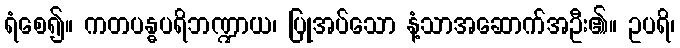
ရံစေ၍။ ကတပန္ဓပရိဘဏ္ဍာယ၊ ပြုအပ်သော နံ့သာအဆောက်အဦး၏။ ဥပရိ၊